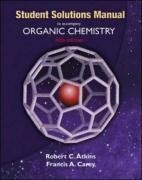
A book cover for Solutions Manual to Accompany Organic Chemistry; Robert C. Atkins; Health, Fitness & Dieting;